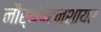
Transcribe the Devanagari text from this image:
नौर्थंपटनशायर